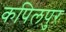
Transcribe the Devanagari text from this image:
कपिलपुर